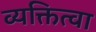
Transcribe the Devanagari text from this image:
व्यक्तित्वा